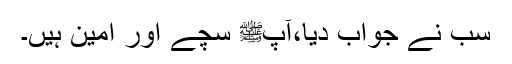
سب نے جواب دیا،آپﷺ سچے اور امین ہیں۔